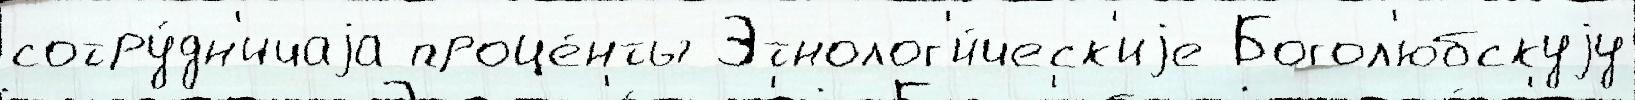
сотру́дн'ичаjа проце́нты Этнолог'и́ческ'иjе Богол'юбскуjу